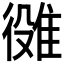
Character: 𨿒